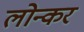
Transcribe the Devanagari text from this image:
लोन्कर